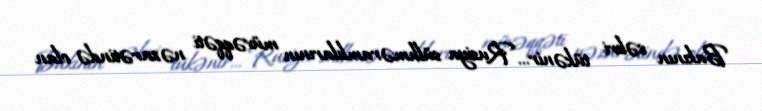
Bakının səbri tükənir... Rusiya sülhməramlılarının müvəqqəti nəzarətində olan